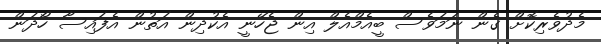
މެދުވެރިކޮށް ގެން ނަމަވެސް ބީއެމްއެލް އިން ޖެހޭނީ އެކުދިން އަތުން އެފައިސާ ހޯދަން